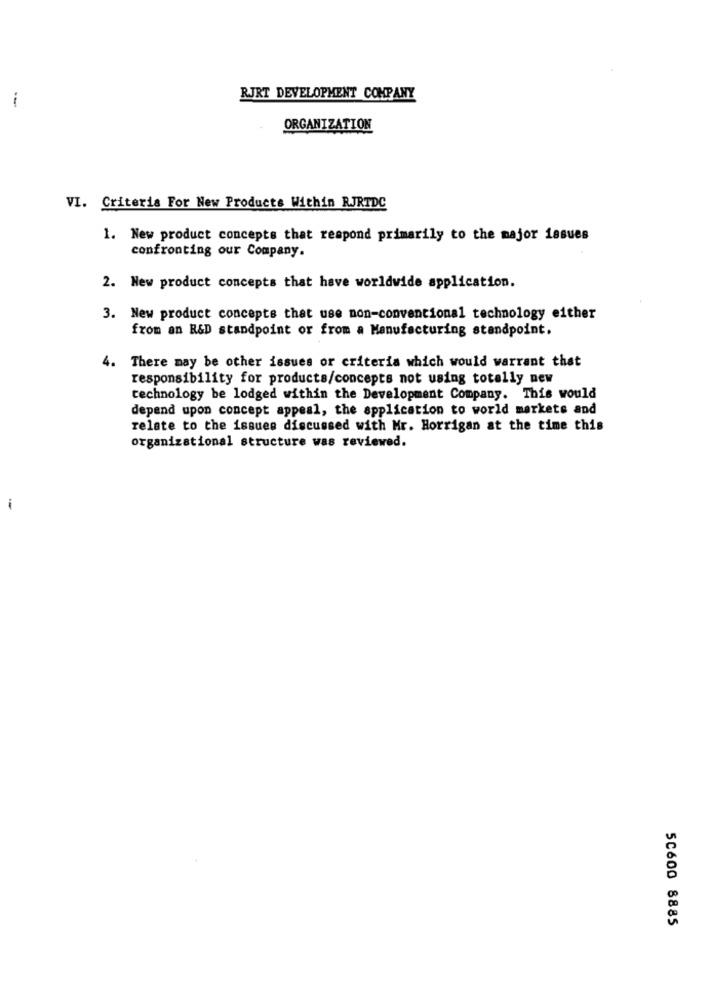
RJRT DEVELOPMENT COMPANY
--
ORGANIZATION
VI. Criteria For New Products Within RJRTDC
1. New product concepts that respond primarily to the major issues
confronting our Company.
2. New product concepts that have worldwide application.
3. New product concepts that use non-conventional technology either
from an R&D standpoint or from a Manufacturing standpoint.
4. There may be other issues or criteria which would warrant that
responsibility for products/concepts not using totally new
technology be lodged within the Development Company. This would
depend upon concept appeal, the application to world markets and
relate to the issues discussed with Mr. Horrigan at the time this
organizational structure was reviewed.
i
50600 8885